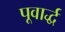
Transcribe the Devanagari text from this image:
पूवार्द्ध